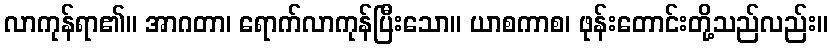
လာကုန်ရာ၏။ အာဂတာ၊ ရောက်လာကုန်ပြီးသော။ ယာစကာစ၊ ဖုန်းတောင်းတို့သည်လည်း။